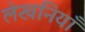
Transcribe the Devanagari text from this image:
लेखनियाँ